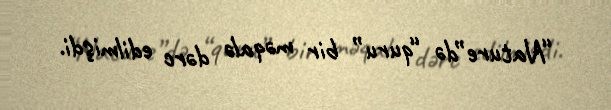
“Nature”də “quru” bir məqalə dərc edilmişdi.